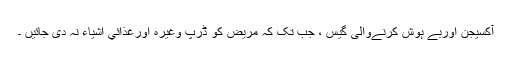
آکسیجن اوربے ہوش کرنےوالی گیس ، جب تک کہ مریض کو ڈرپ وغیرہ اورغذائي اشیاء نہ دی جائيں ۔